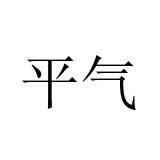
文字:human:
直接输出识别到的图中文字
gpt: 平气